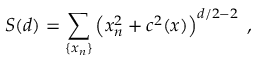
S ( d ) = \sum _ { \{ x _ { n } \} } \left( x _ { n } ^ { 2 } + c ^ { 2 } ( x ) \right) ^ { d / 2 - 2 } \; ,